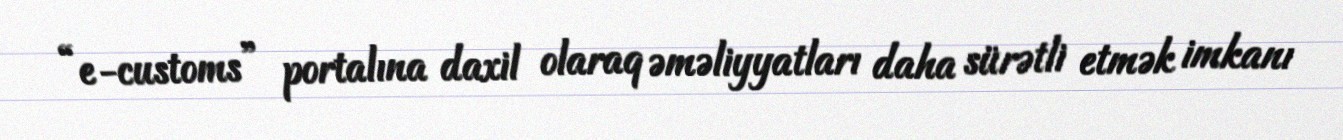
“e-customs” portalına daxil olaraq əməliyyatları daha sürətli etmək imkanı